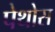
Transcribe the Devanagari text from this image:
पेथोस